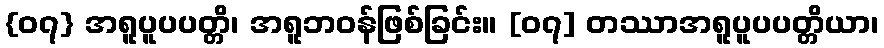
{၀၇} အရူပူပပတ္တိ၊ အရူဘဝန်ဖြစ်ခြင်း။ [၀၇] တဿာအရူပူပပတ္တိယာ၊